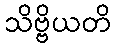
သိဗ္ဗိယတိ